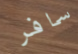
سافر